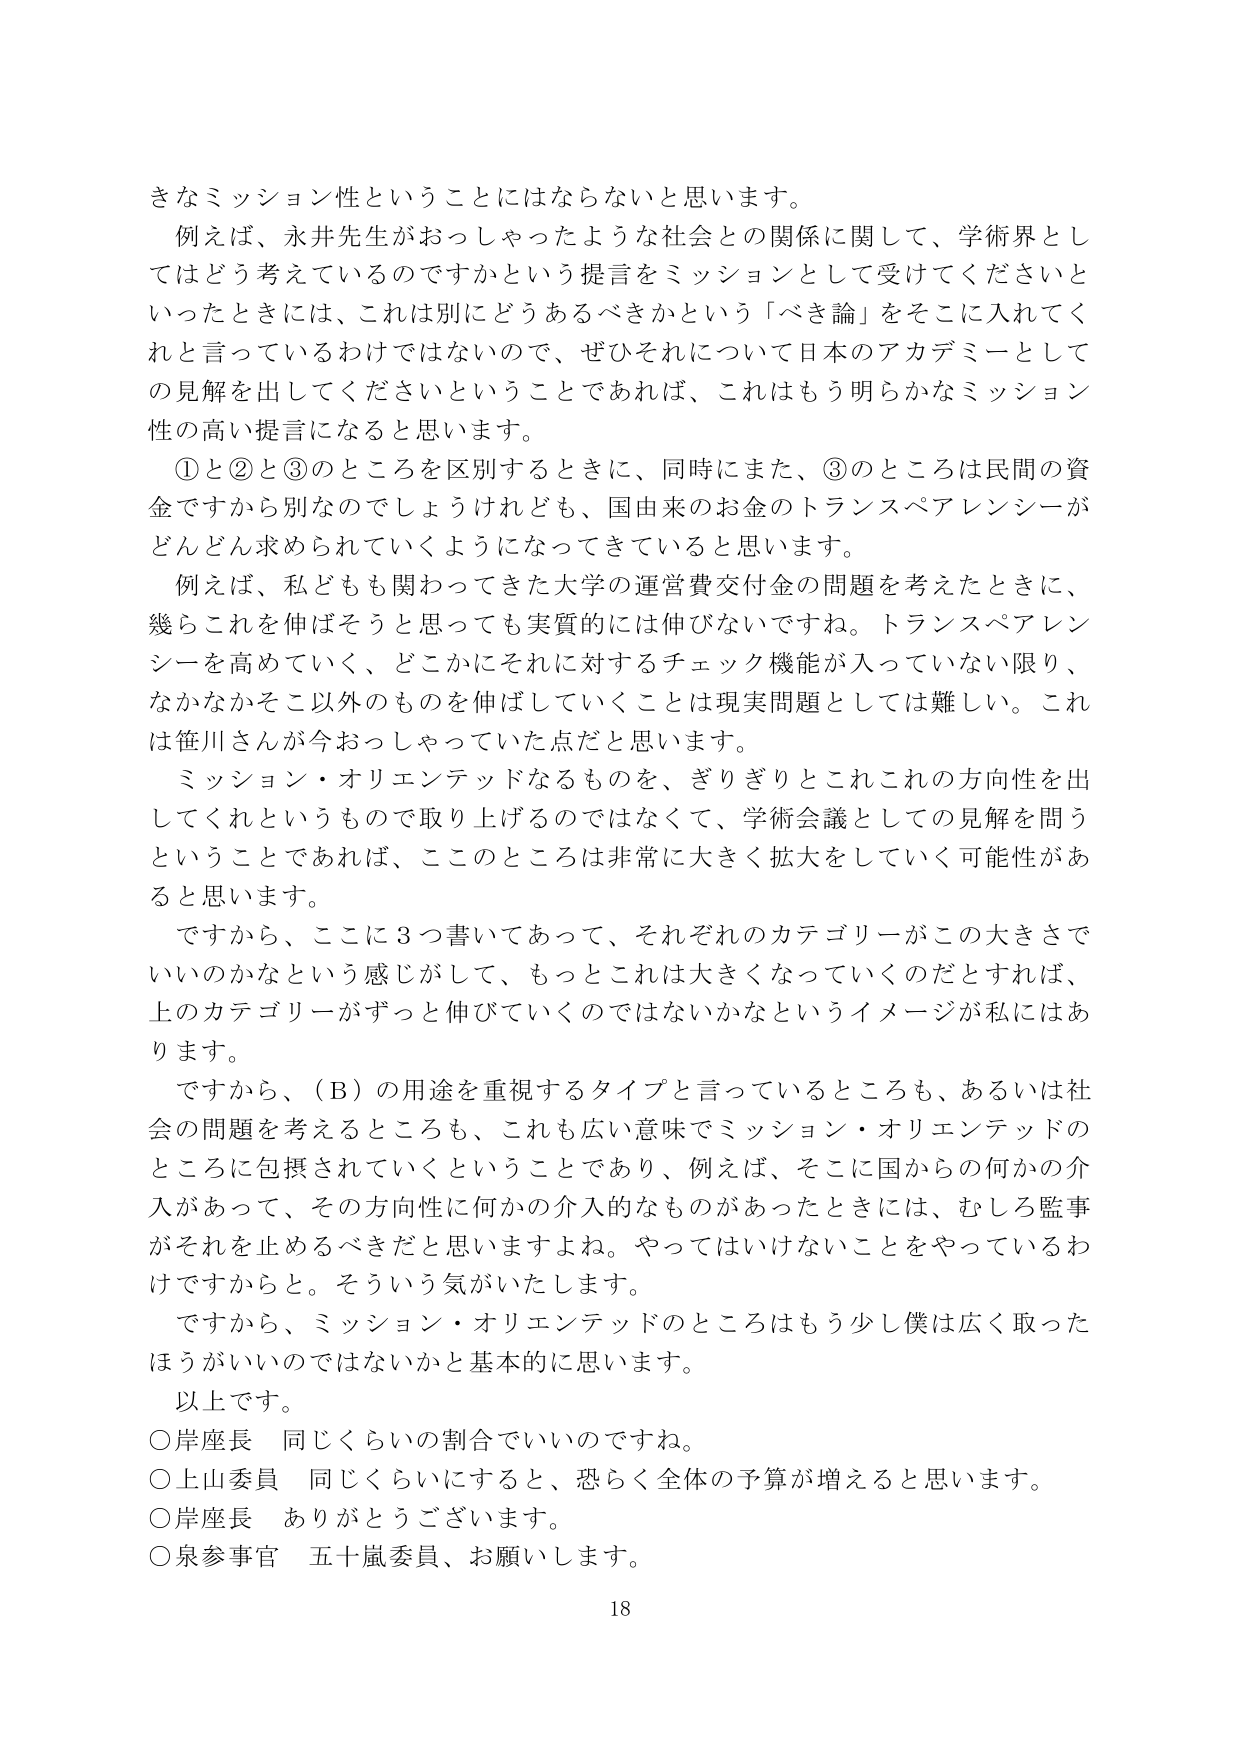
きなミッション性ということにはならないと思います。

例えば、永井先生がおっしゃったような社会との関係に関して、学術界としてはどう考えているのですかという提言をミッションとして受けてくださいといったときには、これは別にどうあるべきかという「べき論」をそこに入れてくれと言っているわけではないので、ぜひそれについて日本のアカデミーとしての見解を出してくださいということであれば、これはもう明らかなミッション性の高い提言になると思います。

①と②と③のところを区別するときに、同時にまた、③のところは民間の資金ですから別なのでしょうけれども、国由来のお金のトランスペアレンシーがどんどん求められていくようになってきていると思います。

例えば、私どもも関わってきた大学の運営費交付金の問題を考えたときに、幾らこれを伸ばそうと思っても実質的には伸びないですね。トランスペアレンシーを高めていく、どこかにそれに対するチェック機能が入っていない限り、なかなかそこ以外のものを伸ばしていくことは現実問題としては難しい。これは笹川さんが今おっしゃっていた点だと思います。

ミッション・オリエンテッドなるものを、ぎりぎりとこれこれの方向性を出してくれというもので取り上げるのではなくて、学術会議としての見解を問うということであれば、ここのところは非常に大きく拡大をしていく可能性があると思います。

ですから、ここに3つ書いてあって、それぞれのカテゴリーがこの大きさでいいのかなという感じがして、もっとこれは大きくなっていくのだとなれば、上のカテゴリーがずっと伸びていくのではないかなというイメージが私にはあります。

ですから、（B）の用途を重視するタイプと言っているところも、あるいは社会の問題を考えるところも、これも広い意味でミッション・オリエンテッドのところに包摂されていくということであり、例えば、そこに国からの何かの介入があって、その方向性に何かの介入的なものがあったときには、むしろ監事がそれを止めるべきだと思いますよね。やってはいけないことをやっているわけですからと。そういう気がいたします。

ですから、ミッション・オリエンテッドのところはもう少し僕は広く取ったほうがいいのではないかと基本的に思います。

以上です。

○岸座長　同じくらいの割合でいいのですね。

○上山委員　同じくらいにすると、恐らく全体の予算が増えると思います。

○岸座長　ありがとうございます。

○泉参事官　五十嵐委員、お願いします。

18